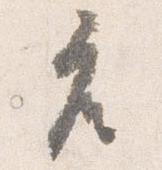
座